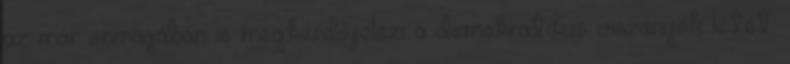
az már önmagában is megkérdőjelezi a demokratikus viszonyok létét.